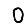
Digit: 0